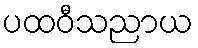
ပထဝီသညာယ